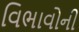
વિભાવોની